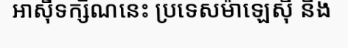
អាស៊ីទក្សិណនេះ ប្រទេសម៉ាឡេស៊ី និង